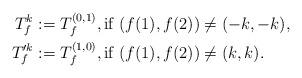
LaTeX: \begin{align*} T^k_{f}&:=T^{(0,1)}_{f}, \mbox{if}\ (f(1),f(2))\not=(-k,-k),\\ T'^k_f&:=T^{(1,0)}_{f}, \mbox{if}\ (f(1),f(2))\not=(k,k).\end{align*}